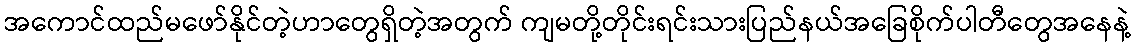
အကောင်ထည်မဖော်နိုင်တဲ့ဟာတွေရှိတဲ့အတွက် ကျမတို့တိုင်းရင်းသားပြည်နယ်အခြေစိုက်ပါတီတွေအနေနဲ့